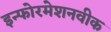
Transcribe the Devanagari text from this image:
इन्फोरमेशनवीक